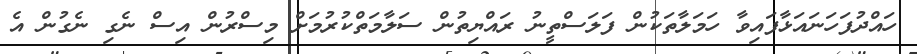
ހައްދުފަހަނައަޅާފައިވާ ހަމަލާތަކުން ފަލަސްތީނު ރައްޔިތުން ސަލާމަތްކުރުމަށް މިސްރުން އިސް ނެގި ނެގުން އެ